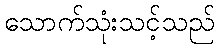
သောက်သုံးသင့်သည်